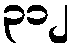
၃၁၂